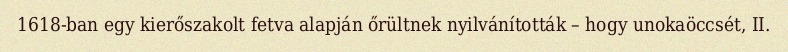
1618-ban egy kierőszakolt fetva alapján őrültnek nyilvánították – hogy unokaöccsét, II.